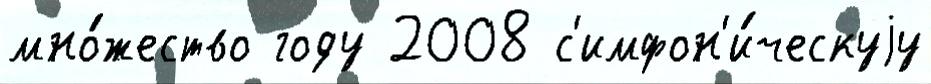
мно́жество году 2008 с'имфон'и́ческуjу